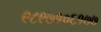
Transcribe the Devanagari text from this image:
९८९७१०६१७७